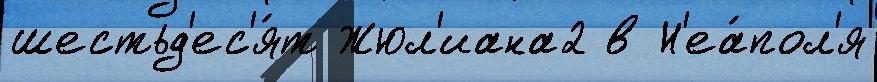
шестьд'ес'я́т Жюл'иана2 в Н'еа́пол'я